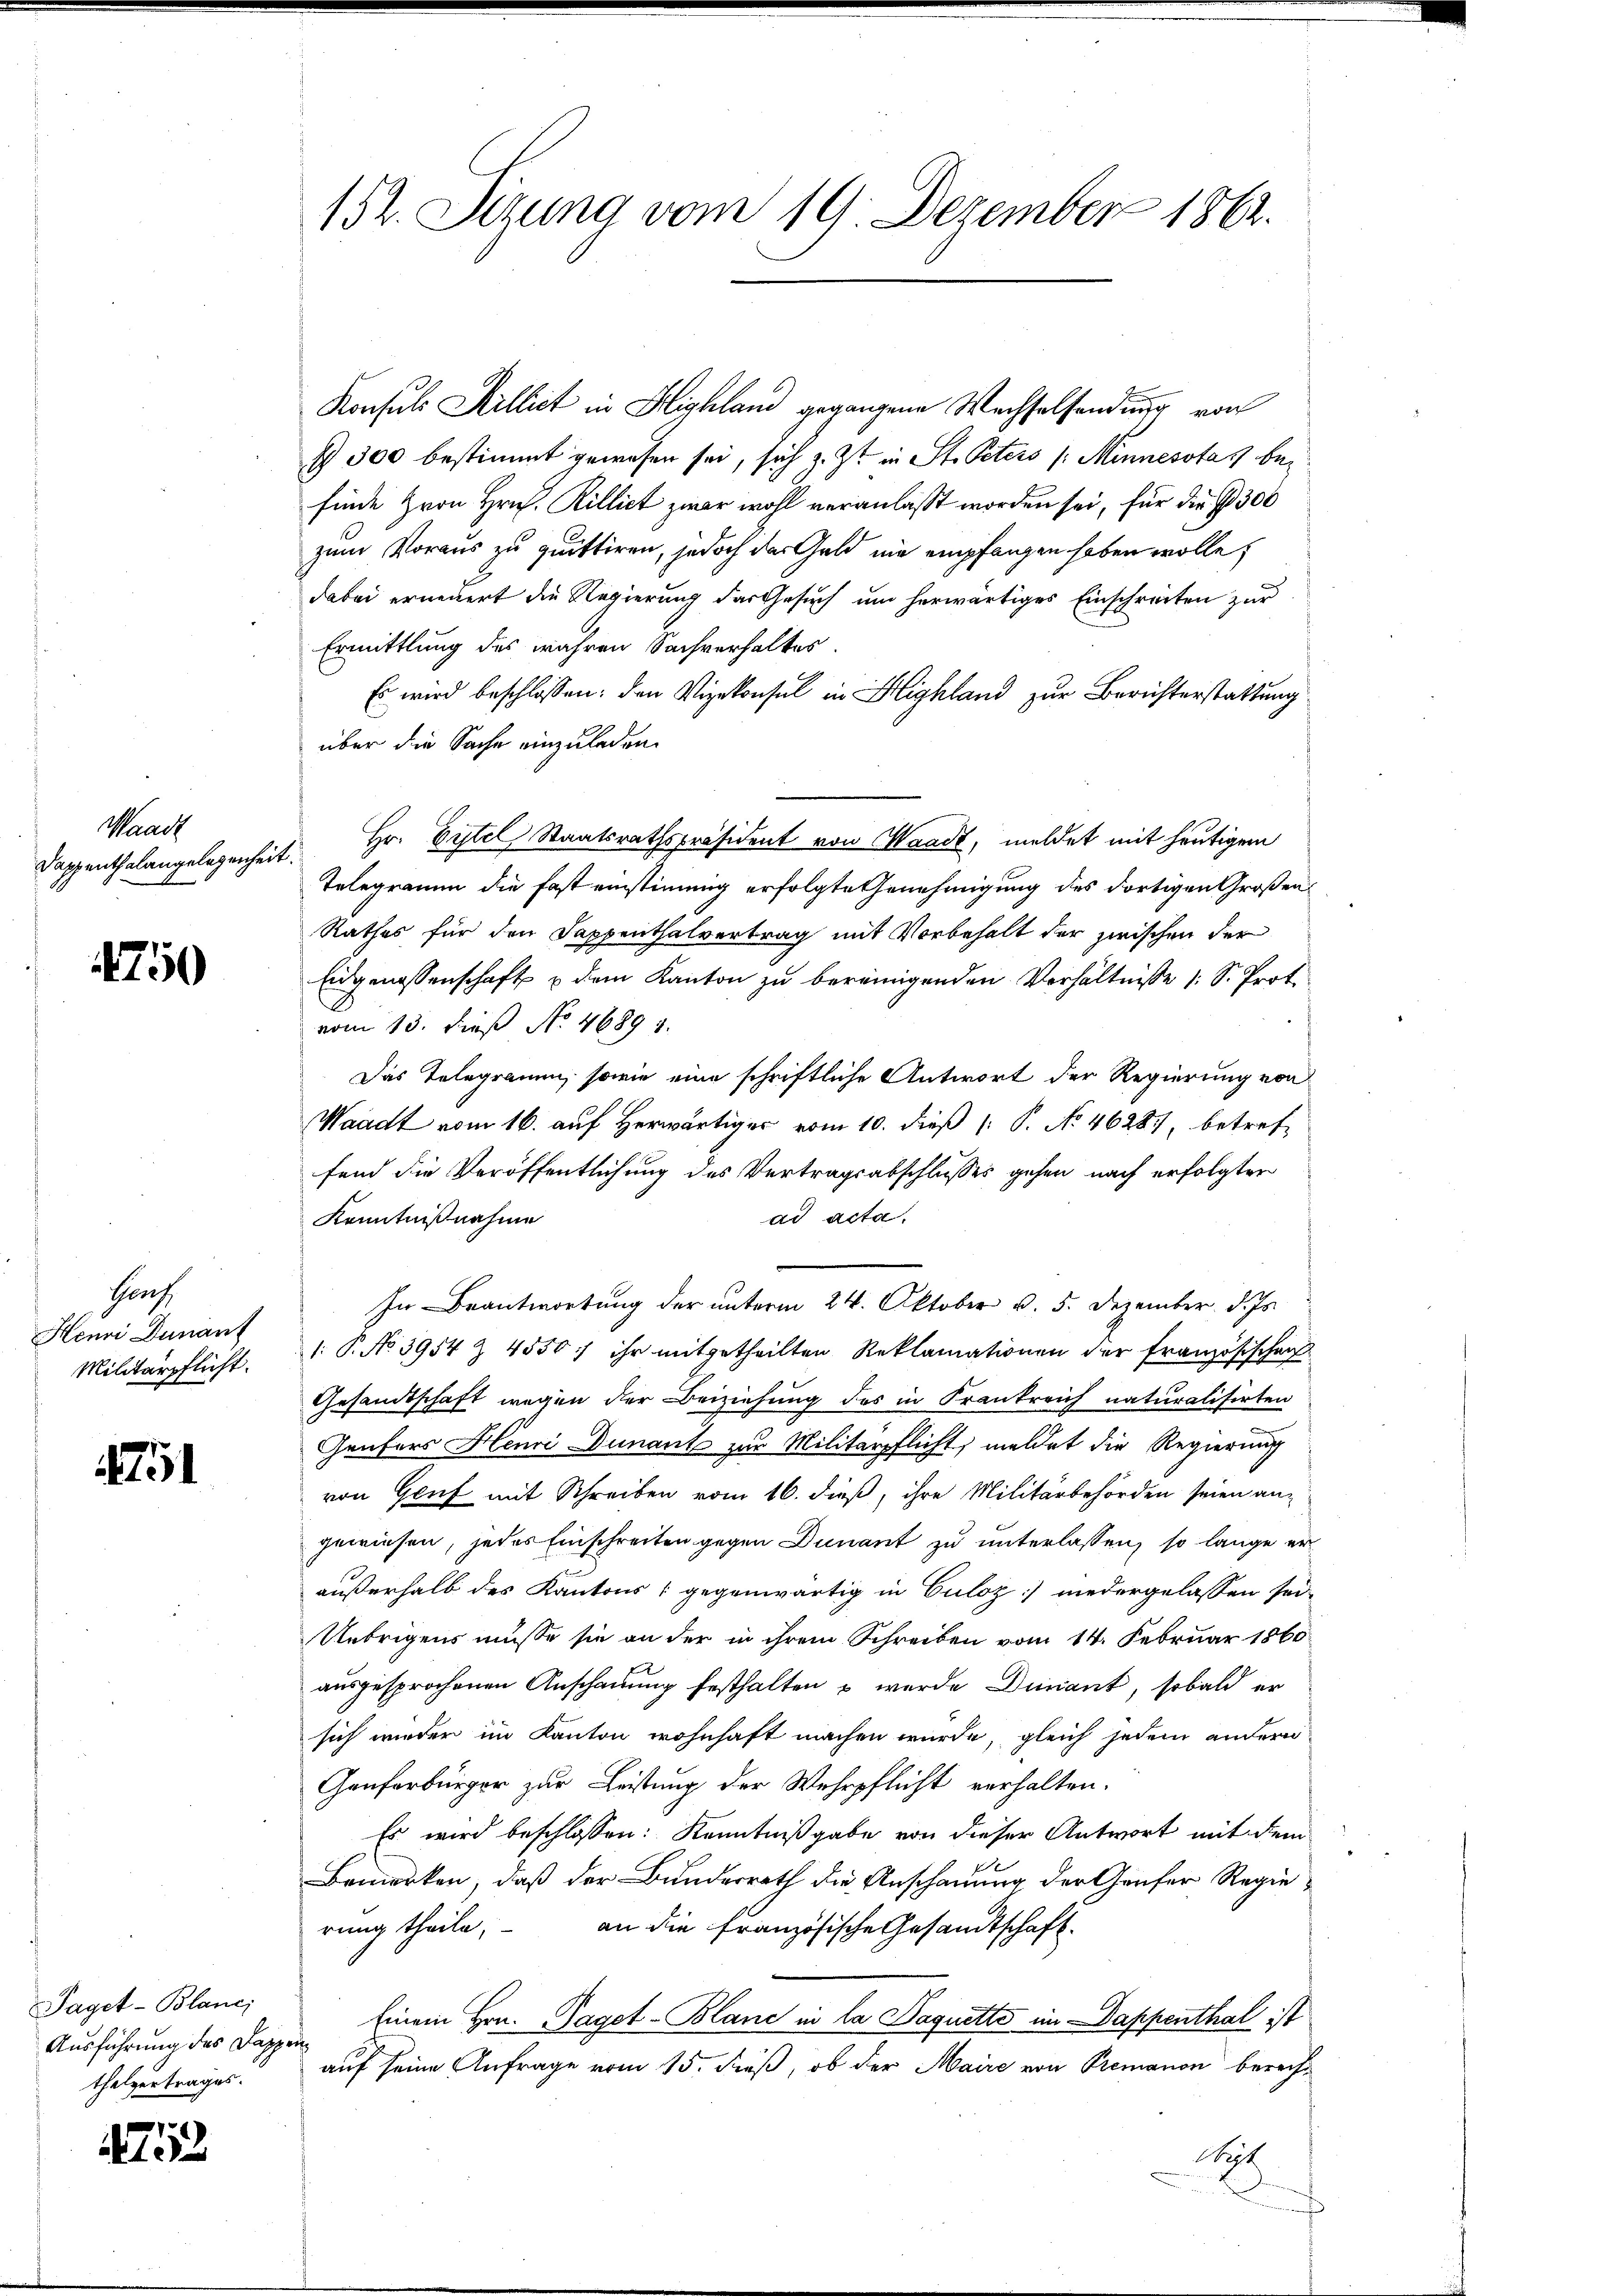
Waadt
Dappenthalangelegenheit.

4750

Herf
Henni Dunant

Höl

A

Paget-Blanci
Ausführung des Dappenthelvertrages.

152. Sizung vom 19. Dezember 1862.

300 bestimmt gewesen sei, sich z. Zt. in St. Peters (Minnesstas befinde Hrrn Hrn. Rillict zwar wohl veranlaßt worden sei, für die § 300
zum Voraus zu quittiren, jedoch der Geld nie empfangen haben wolle?
dabei erneuert die Regierung des Gesuch um herwärtiges Einschreiten zur
Ermittlung des wahren Sachverhaltes.
Es wird beschlossen: den Vizekonsul in Highland zur Berichterstattung
über die Sache einzuladen.
Hr. Eitel Staatsrathspräsident von Waadt, meldet mit heutigem
Telegramm die fast einstimmig erfolgte Genehmigung des dortigen Großen¬
Rathes für den Sappenthalvertrag mit Vorbehalt der zwischen der
Eidgenossenschaft & dem Kanton zu bereinigenden Verhältnisse 1 S. Prof.
vom 13. dieß No. 46891.
Das Telegramm, sowie eine schriftliche Antwort der Regierung von
Waadt vom 16. auf Herwärtiger vom 10. dieß (: P. No. 46281, betreffend die Veröffentlichung des Vertragsabschlusses gehen nach erfolgter
ad acta.
Kenntnißnahme
In Beantwortung der unterm 24. Oktober v. 5. Dezember. d. Js.
Militärpflicht. P. No 3954 Z 4550 f ihr mitgetheilten Reklamationen der Französischen
Gesandtschaft wegen der Beiziehung des in Frankreich naturalisirten
Genfers Henri Dunant zur Militärpflicht, meldet die Regierung
von Gluf mit Schreiben vom 16. dieß, ihre Militärbehörden seien an
gewiesen, jedes Einschreiten gegen Dunant zu unterlassen, so lange er-
außerhalb des Kantons (gegenwärtig in Culoz niedergelassen sei,
Uebrigens müsse sie an der in ihrem Schreiben vom 14. Februar 1860
ausgesprochenen Anschauung festhalten u wurde Diant, sobald er
sich wieder im Kanton wohnhaft machen würde, gleich jedem andern
Genferbürger zur Leistung der Wehrpflicht verhalten.
Es wird beschlossen: Kenntnißgabe von dieser Antwort mit dem
Bemerken, daß der Bunderrath die Anschauung der Genfer Regierung theile, an die französische Gesandtschaft
Einem Hrn. Paget-Blanc in la Paquette im Dappenthal ist
auf seine Anfrage vom 15. dieß, ob der Maire von Premanon berech¬
Sept

Konsuls Millict in Highland gegangene Wechselsendung von